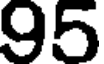
95